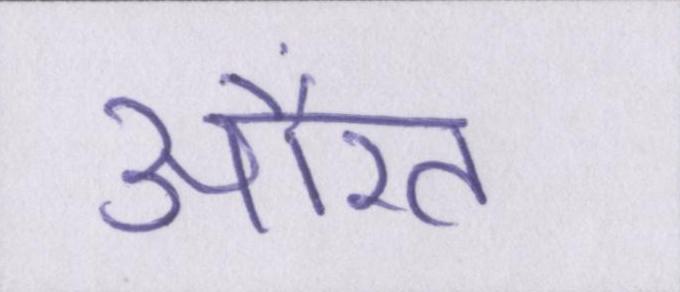
औरत